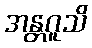
အန္တဂူသိ